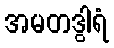
အမတဒွါရံ